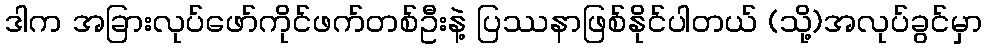
ဒါက အခြားလုပ်ဖော်ကိုင်ဖက်တစ်ဦးနဲ့ ပြဿနာဖြစ်နိုင်ပါတယ် (သို့)အလုပ်ခွင်မှာ